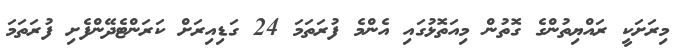
މިރަށަކީ ރައްޔިތުންގެ ގޮތުން މިއަތޮޅުގައި އެންމެ ފުރަތަމަ 24 ގަޑިއިރަށް ކަރަންޓެދޭންފެށި ފުރަތަމަ